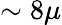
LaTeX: \sim 8\mu